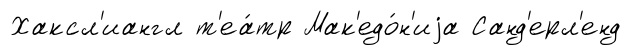
Хаксл'иангл т'еа́тр Мак'едо́н'иjа Санд'ерл'енд